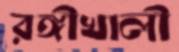
রঙ্গীখালী